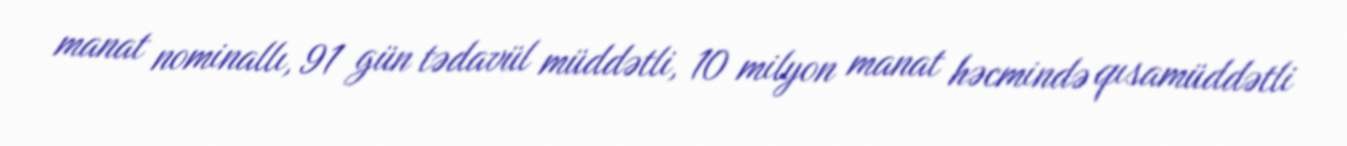
manat nominallı, 91 gün tədavül müddətli, 10 milyon manat həcmində qısamüddətli